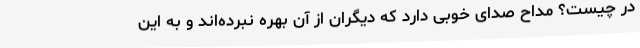
در چیست؟ مداح صدای خوبی دارد که دیگران از آن بهره نبرده‌اند و به این